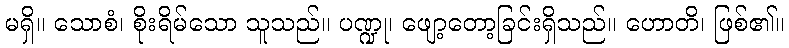
မရှိ။ သောစံ၊ စိုးရိမ်သော သူသည်။ ပဏ္ဍု၊ ဖျော့တော့ခြင်းရှိသည်။ ဟောတိ၊ ဖြစ်၏။